Veterinary [1916] -
Year: 1916
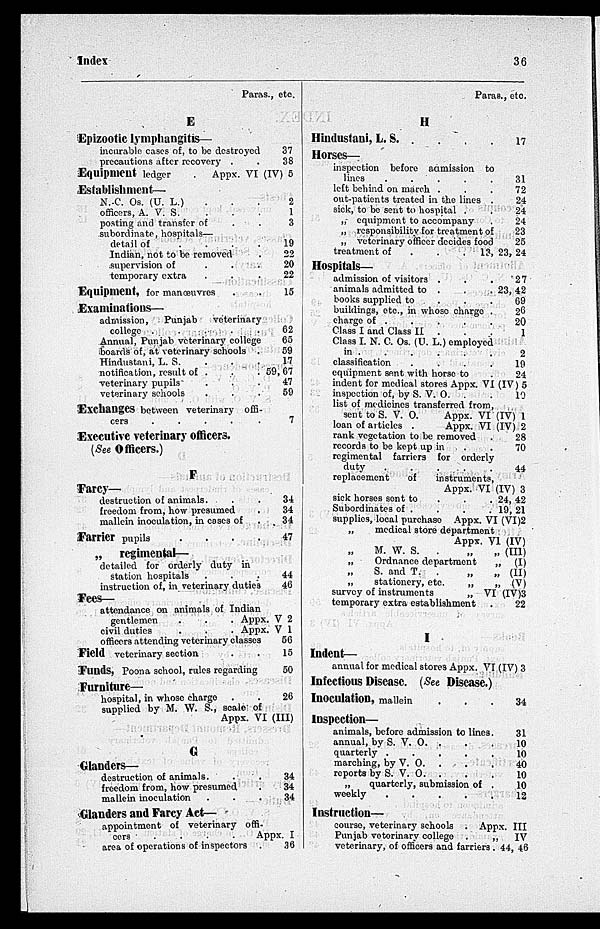
Index
36
Paras., etc.
E
Epizootic lymphangitis—
incurable cases of, to be destroyed
precautions after recovery . .
Equipment ledger
. Appx. VI (IV)
Establishment—
N. C. Os. (U. L.) . . .
officers, A. V. S. . . .
posting and transfer of . .
subordinate, hospitals—
detail of
.
.
. .
Indian, not to be removed .
supervision of . . .
temporary extra . . .
Equipment, for manœuvres . .
Examinations—
admission,
Punjab
veterinary
college .
.
.
.
.
Annual, Punjab veterinary college
boards of, at veterinary schools . .
Hindustani, L. S. . . .
notification, result of . . .
veterinary pupils . . .
veterinary schools . . .
Exchanges between veterinary offi-
cers
.
.
.
.
.
Executive veterinary officers.
(See Officers.)
F
Farcy—
destruction of animals. . .
freedom from, how presumed
.
mallein inoculation, in cases of
.
Farrier pupils . . . . .
„ regimental—
detailed for orderly duty in
station hospitals
.
.
.
instruction of, in veterinary duties
Fees—
attendance on animals of Indian
gentlemen
.
.
. Appx.V
civil duties
.
.
. Appx.V
officers attending veterinary classes
Field veterinary section
.
.
Funds, Poona school, rules regarding
Furniture—
hospital, in whose charge . .
supplied by M. W. S., scale of
Appx. VI (III)
G
Glanders—
destruction of animals.
.
.
freedom from, how presumed
.
mallein inoculation
.
.
.
Glanders and Farcy Act—
appointment of veterinary offi-
Appx. I
area of operations of inspectors .
37
38
5
2
1
3
19
22
20
22
15
62
65
59
17
59, 67
47
59
7
34
34
34
47
44
46
V 2
1
56
15
50
26
34
34
34
36
Paras., etc.
H
Hindustani, L. S. . . . .
Horses-
inspection before admission to
lines
.
.
.
.
.
left behind on march . . .
out-patients treated in the lines .
sick, to be sent to hospital . .
„ equipment to accompany .
„ responsibility for treatment of
„ veterinary officer decides food
treatment of
.
.
.
13,
Hospitals—
admission of visitors . . .
animals admitted to . . .
books supplied to . . .
buildings, etc., in whose charge .
charge of . . . . .
Class I and Class II . . .
Class I. N. C. Os. (U. L.) employed
in . . . . . .
classification . . . .
equipment sent with horse to .
indent for medical stores Appx VI (IV)
inspection of, by S. V. O. . .
list of medicines transferred from,
sent to S. V. O. Appx. VI (IV)
loan of articles .
Appx. VI (IV)
rank vegetation to be removed .
records to be kept up in . .
regimental farriers for orderly
duty
.
.
.
. .
replacement
of
instruments,
Appx. VI (IV)
sick horses sent to . . .
Subordinates of . . .
supplies, local purchase Appx. VI (VI)
„ medical store departiment
Appx. VI (IV)
„ M. W. S.
. „ „ (III)
„
Ordnance department
„ (I)
„ S. and T.
. „ „ (II)
„
stationery, etc.
„
„ (V)
survey of instruments
„ VI (IV)
temporary extra establishment
.
I
Indent—
annual for medical stores Appx. VI (IV)
Infectious Disease. (See Disease.)
Inoculation, mallein . . .
Inspection—
animals, before admission to lines.
annual, by S. V. O. . . .
quarterly .
.
.
. .
marching, by V. O. . . .
reports by S. V. O. . . .
„
quarterly, submission of .
weekly
.
.
.
. . .
Instruction—
course, veterinary schools . Appx. III
Punjab veterinary college . . „ IV
veterinary, of officers and farriers .
17
31
72
24
24
24
23
25
23, 24
27
23, 42
69
26
20
1
2
19
24
5
10
1
2
28
70
44
3
24, 42
19, 21
2
3
22
3
34
31
10
10
40
10
10
12
44, 46